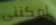
أمكننى